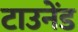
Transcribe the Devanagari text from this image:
टाउनेंड